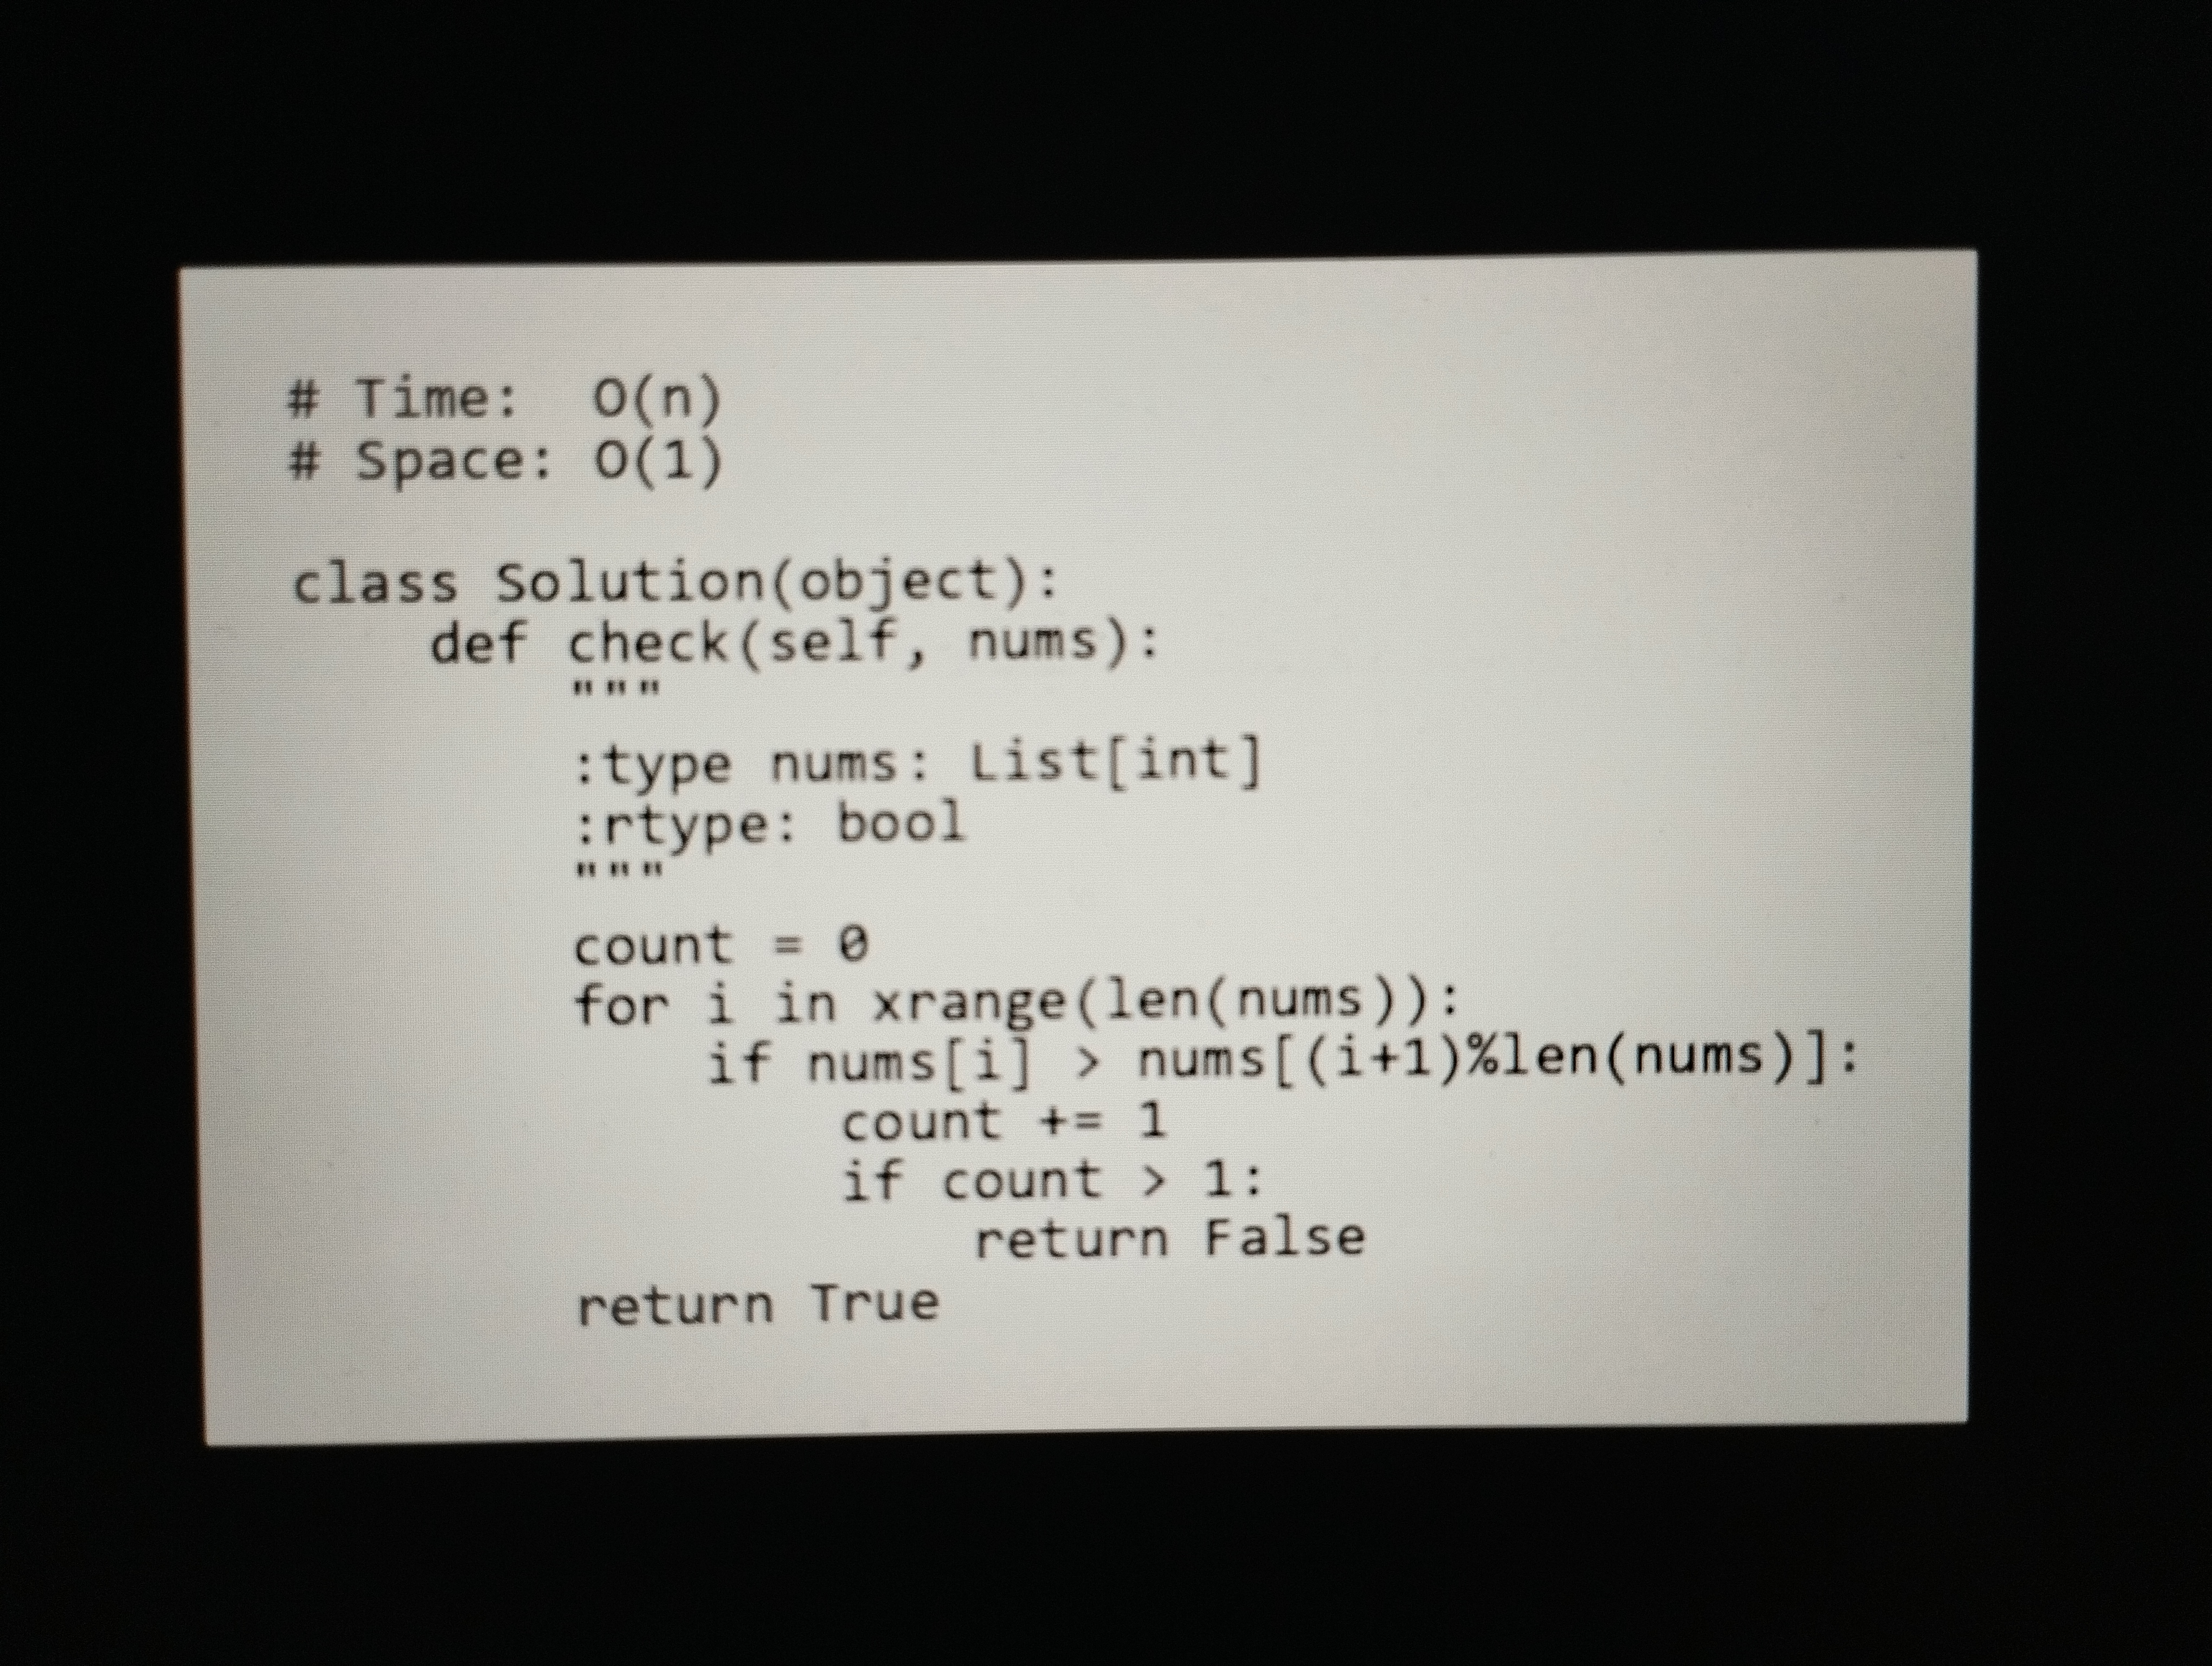
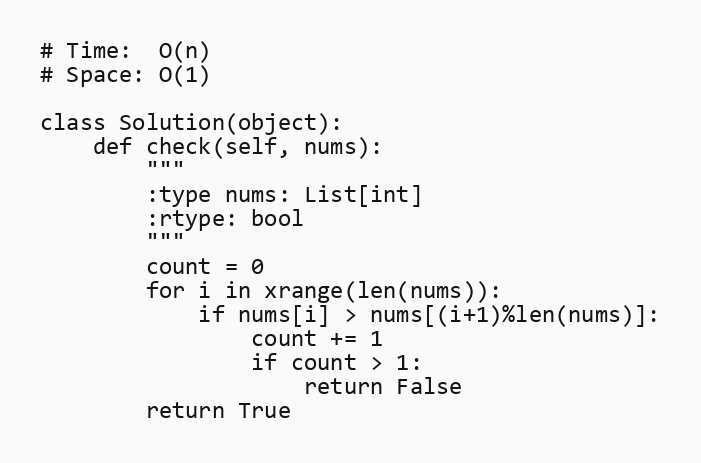
# Time:  O(n)
# Space: O(1)

class Solution(object):
    def check(self, nums):
        """
        :type nums: List[int]
        :rtype: bool
        """
        count = 0
        for i in xrange(len(nums)):
            if nums[i] > nums[(i+1)%len(nums)]:
                count += 1
                if count > 1:
                    return False
        return True